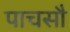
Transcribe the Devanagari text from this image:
पाचसौ